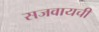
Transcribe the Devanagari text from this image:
सजवायची